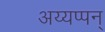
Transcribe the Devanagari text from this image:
अय्यप्पन्